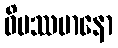
ဝိပဿမာနော